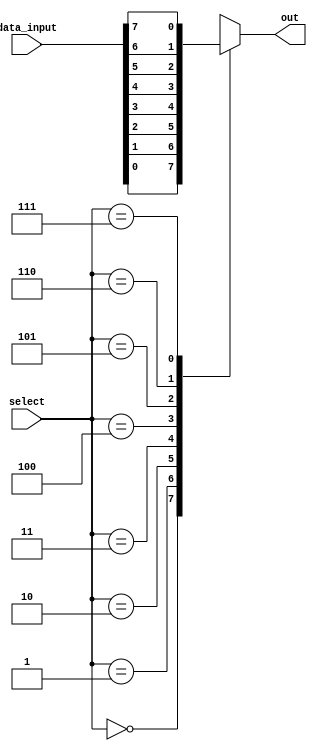
module bit_select_assign(
    input [7:0] data_input,
    input [2:0] select,
    output reg out
);

always @* begin
    case (select)
        0: out = data_input[0];
        1: out = data_input[1];
        2: out = data_input[2];
        3: out = data_input[3];
        4: out = data_input[4];
        5: out = data_input[5];
        6: out = data_input[6];
        7: out = data_input[7];
        default: out = 0;
    endcase
end

endmodule